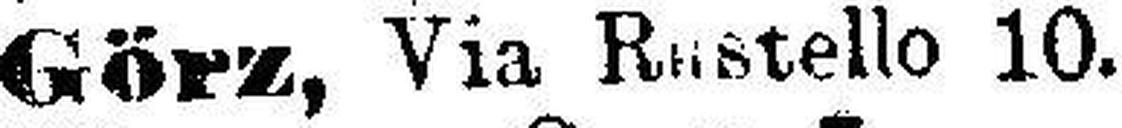
Görz, Via Rustello 10.